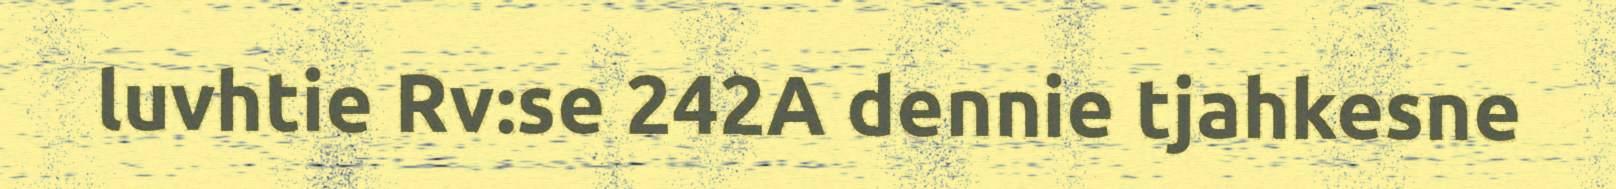
luvhtie Rv:se 242A dennie tjahkesne